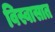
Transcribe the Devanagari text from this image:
विस्वासात